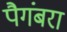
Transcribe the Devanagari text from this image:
पैगंबरा